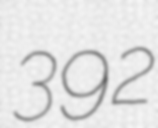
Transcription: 392